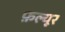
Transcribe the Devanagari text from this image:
फ़ल्यूर